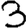
Digit: 3